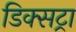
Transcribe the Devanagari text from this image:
डिक्सट्रा